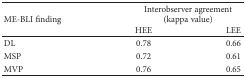
<table><thead><tr><td rowspan="2"><b>ME-BLI finding</b></td><td colspan="2"><b>Interobserver agreement (kappa value)</b></td></tr><tr><td><b>HEE</b></td><td><b>LEE</b></td></tr></thead><tbody><tr><td>DL</td><td>0.78</td><td>0.66</td></tr><tr><td>MSP</td><td>0.72</td><td>0.61</td></tr><tr><td>MVP</td><td>0.76</td><td>0.65</td></tr></tbody></table>